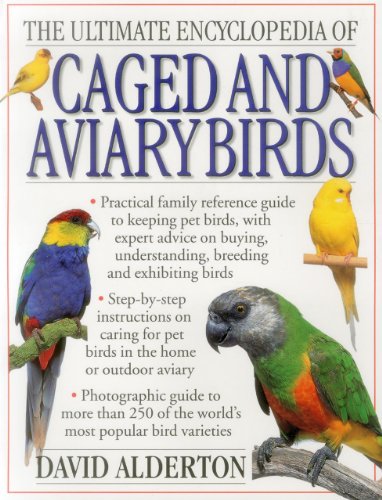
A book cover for The Ultimate Encyclopedia Of Caged And Aviary Birds: Practical Family Reference Guide To Keeping Pet Birds, With Expert Advice On Buying, Understanding, Breeding And Exhibiting Birds; David Alderton; Crafts, Hobbies & Home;